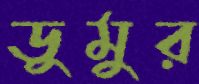
ডুমুর